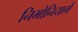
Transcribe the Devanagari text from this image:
निमोनियामें